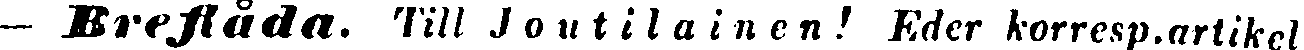
— Breflåda. Till Joutilainen! Eder korresp. artikel